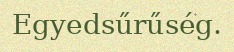
Egyedsűrűség.